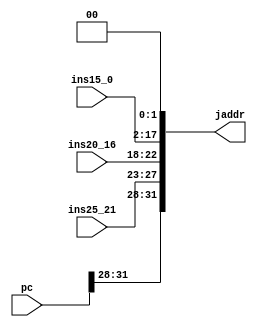
`timescale 1ns / 1ps
module jumpaddr(
    input [15:0]ins15_0,
    input [4:0]ins20_16,
    input [4:0]ins25_21,
    input [31:0] pc,
    output reg [31:0] jaddr
               );
    parameter z=2'b00;
    always @(*)
    begin
      jaddr = { pc[31:28],ins25_21[4:0],ins20_16[4:0],ins15_0[15:0],z };
    end
        

endmodule